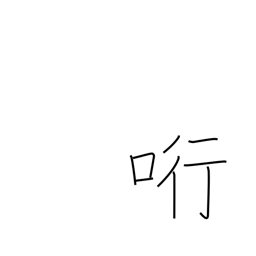
Meaning: entice